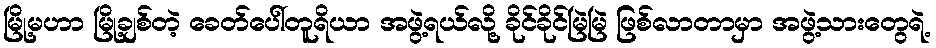
မြို့မဟာ မြို့ချစ်တဲ့ ခေတ်ပေါ်တူရိယာ အဖွဲ့ရယ်လို့ ခိုင်ခိုင်မြဲမြဲ ဖြစ်လာတာမှာ အဖွဲ့သားတွေရဲ့